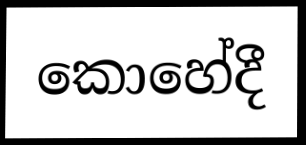
කොහේදී